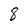
Character: 8